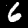
Digit: 6